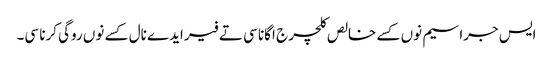
ایس جراسیم نوں کسے خالص کلچر ج اگانا سی تے فیر ایدے نال کسے نوں روگی کرنا سی۔